Annual report of the Civil Veterinary Department, Bengal, for the year 1897-98 - 1897-1898
Year: 1897
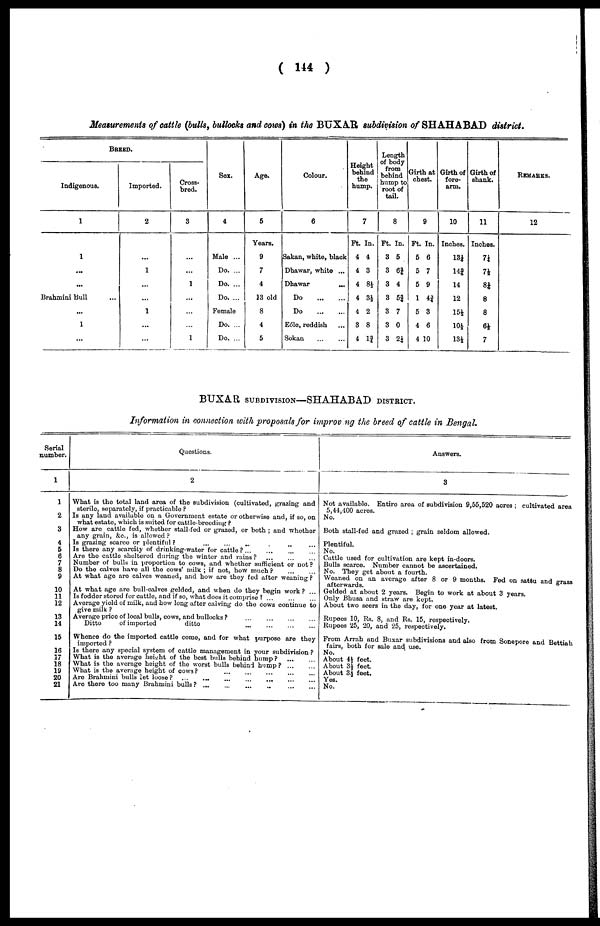
( 114 )
Measurements of cattle (bulls, bullocks and cows) in the BUXAR subdivision of SHAHABAD district.
BREED.
Indigenous.
1
1
...
...
Brahmini Bull ...
...
1
Imported.
2
...
1
...
...
1
...
Cross-
bred.
3
...
...
1
...
...
...
1
Sex.
4
Male ...
Do. ...
Do. ...
Do. ...
Female
Do. ...
Do. ...
Age.
5
Years.
9
7
4
13 old
8
4
5
Colour.
6
Sakan, white, black
Dhawar, white ...
Dhawar ...
Do
...
...
Do
...
...
Eóle, reddish ...
Sokan
...
...
Height
behind
the
hump.
7
Ft. In.
4 4
4 3
4 8½
4 3½
4 2
3 8
4 1¾
Length
of body
from
behind
hump to
root of
tail.
8
Ft. In.
3 5
3 6¾
3 4
3 5|
3 7
3 0
3 2¼
Girth at
chest.
9
Ft. In.
5 6
5 7
5 9
1 4¾
5 3
4 6
4 10
Girth of
fore-
arm.
10
Inches.
13¼
14¾
14
12
15½
10½
13½
Girth of
shank.
11
Inches.
7¼
7½
8¼
8
8
6½
7
REMARKS.
12
BUXAR SUBDIVISION—SHAHABAD DISTRICT.
Information in connection with proposals for improving the breed of cattle in Bengal.
Serial
number.
1
1
2
3
4
5
6
7
8
9
10
11
12
13
14
15
16
17
18
19
20
21
Questions.
2
What is the total land area of the subdivision (cultivated, grazing and
sterile, separately, if practicable ?
Is any land available on a Government estate or otherwise and, if so, on
what estate, which is suited for cattle-breeding ?
How are cattle fed, whether stall-fed or grazed, or both ; and whether
any grain, &c., is allowed ?
Is grazing scarce or plentiful? ... ... ... ... ... ... ...
Is there any scarcity of drinking-water for cattle? ... ... ... ...
Are the cattle sheltered during the winter and rains?
...
...
...
Number of bulls in proportion to cows, and whether sufficient or not?
Do the calves have all the cows' milk ; if not, how much?
...
...
At what age are calves weaned, and how are they fed after weaning ?
At what age are bull-calves gelded, and when do they begin work? ...
Is fodder stored for cattle, and if so, what does it comprise ? ... ... ...
Average yield of milk, and how long after calving do the cows continue to
Average price of local bulls, cows, and bullocks ?
...
...
...
...
Ditto
of imported
ditto
Whence do the imported cattle come, and for what purpose are they
imported ?
Is there any special system of cattle management in your subdivision ?
What is the average height of the best bulls behind hump? ... ...
What is the average height of the worst bulls behind hump?
...
...
What is the average height of cows?
...
...
...
...
...
...
Are Brahmini bulls Let loose? ...
... ... ... ... ... ... ...
Are there too many Brahmini bulls? ...
...
...
...
...
...
...
Answers.
3
Not available. Entire area of subdivision 9,55,520 acres ; cultivated area
5,44,400 acres.
No.
Both stall-fed and grazed ; grain seldom allowed.
Plentiful.
No.
Cattle used for cultivation are kept in-doors.
Bulls scarce. Number cannot be ascertained.
No. They get about a fourth.
Weaned on an average after 8 or 9 months. Fed on sattu and grass
Gelded at about 2 years. Begin to work at about 3 years
Only Bhusa and straw are kept.
About two seers in the day, for one year at latest.
Rupees 10, Rs. 8, and Rs. 15, respectively.
Rupees 25, 20, and 25, respectively.
From Arrah and Buxar subdivisions and also from Sonepore and Bettiah
fairs, both for sale and use.
No.
About 4½ feet.
About 3½ feet.
About 3½ feet.
Yes.
No.